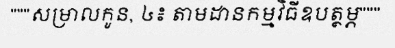
"""សម្រាលកូន, ៤៖ តាមដានកម្មវិធីឧបត្ថម្ភ"""